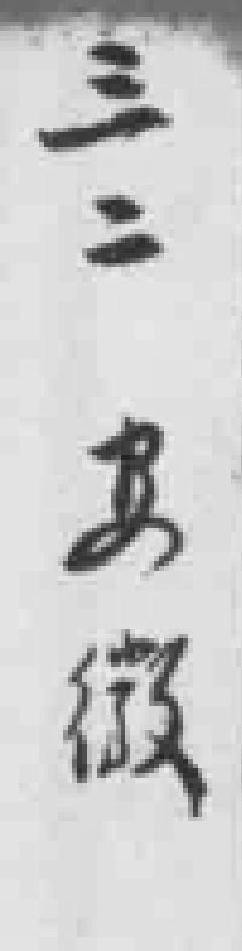
三二安徽